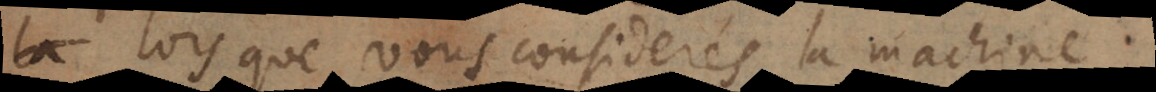
lors que vous considerés la machine